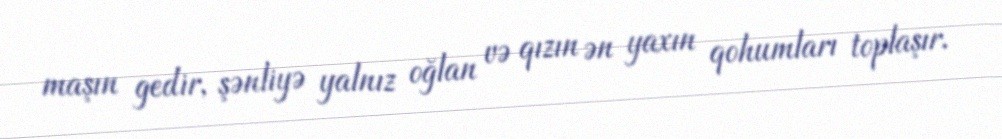
maşın gedir, şənliyə yalnız oğlan və qızın ən yaxın qohumları toplaşır.